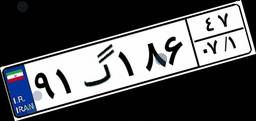
۹۱گ۸۰۷۱۸